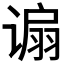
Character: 𫍸